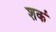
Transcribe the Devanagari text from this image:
शर्क